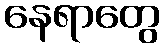
နေရာတွေ